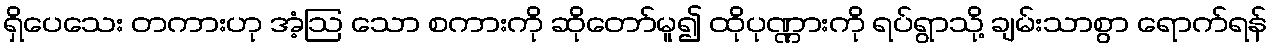
ရှိပေသေး တကားဟု အံ့ဩ သော စကားကို ဆိုတော်မူ၍ ထိုပုဏ္ဏားကို ရပ်ရွာသို့ ချမ်းသာစွာ ရောက်ရန်